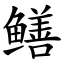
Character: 鳝